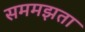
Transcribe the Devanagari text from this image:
सममझता